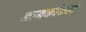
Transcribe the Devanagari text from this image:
नानकांच्या